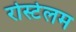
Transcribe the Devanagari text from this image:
रोस्टेलम